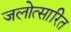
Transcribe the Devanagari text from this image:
जलोत्सारित